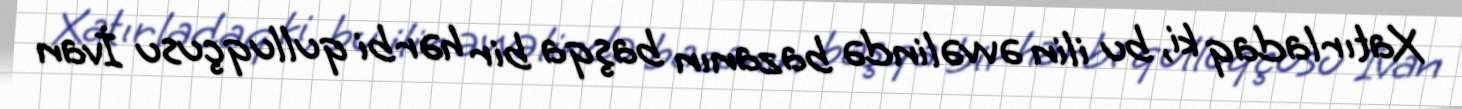
Xatırladaq ki, bu ilin əvvəlində bazanın başqa bir hərbi qulluqçusu İvan